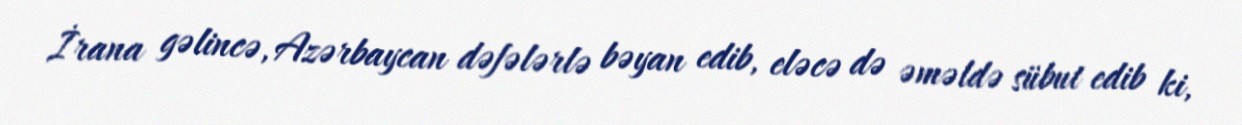
İrana gəlincə, Azərbaycan dəfələrlə bəyan edib, eləcə də əməldə sübut edib ki,